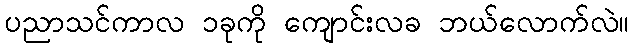
ပညာသင်ကာလ ၁ခုကို ကျောင်းလခ ဘယ်လောက်လဲ။